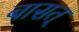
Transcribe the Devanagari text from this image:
बासत्